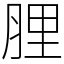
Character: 䤚